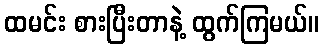
ထမင်း စားပြီးတာနဲ့ ထွက်ကြမယ်။